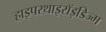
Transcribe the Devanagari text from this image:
हाइपरथाइरॉइडिज्म